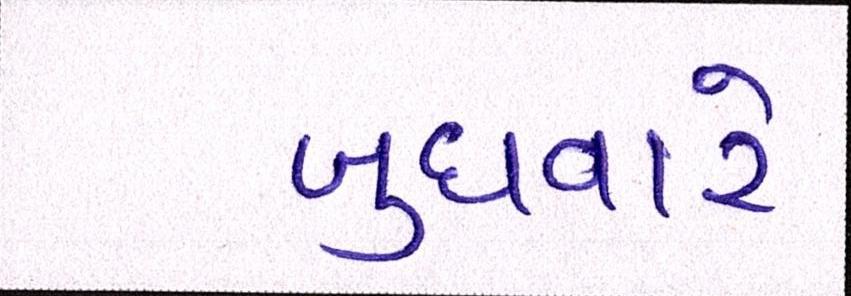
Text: બુધવારે